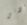
ادنى